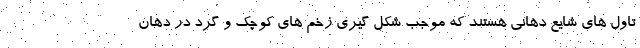
تاول های شایع دهانی هستند که موجب شکل گیری زخم های کوچک و گرد در دهان